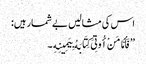
اس کی مثالیں بے شمار ہیں:
’’فَأَمَّا مَنْ أُوتِیَ کِتَابَهُ بِیَمِینِهِ ۔